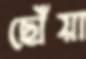
ছোঁয়া